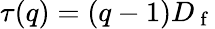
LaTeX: \tau(q)=(q-1)D_{\mathrm{~f~}}